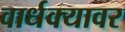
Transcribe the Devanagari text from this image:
वार्धक्यावर